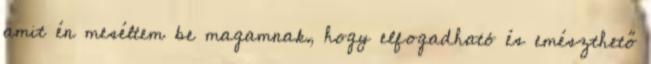
amit én meséltem be magamnak, hogy elfogadható és emészthető